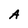
Character: A